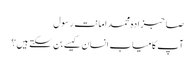
صاحبزادہ محمد امانت رسول
آپ کامیاب انسان کیسے بن سکتے ہیں؟